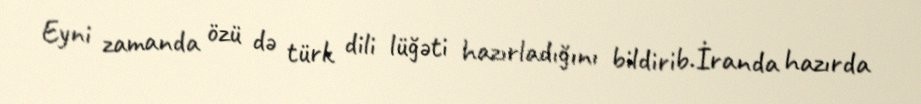
Eyni zamanda özü də türk dili lüğəti hazırladığını bildirib.İranda hazırda